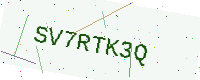
Text: SV7RTK3Q